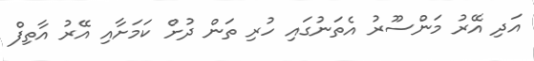
އަދި އޭރު މަންސޫރު އެތަނުގައި ހުރި ތަން ދުށް ކަމަށާއި އޭރު އާތިފް